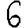
Digit: 6